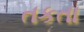
તકતા